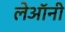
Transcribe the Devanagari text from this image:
लेऑनी